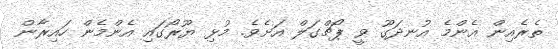
ތެރެއިން އެންމެ އުނދަގޫ ވީ ޕޯޗްގަލް އަށެވެ. މުޅި ޔޫރޯގައި އެންމެން ހައިރާން